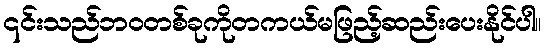
၎င်းသည်ဘဝတစ်ခုကိုတကယ်မဖြည့်ဆည်းပေးနိုင်ပါ။